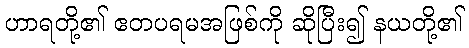
ဟာရတို့၏ ဧတပရမအဖြစ်ကို ဆိုပြီး၍ နယတို့၏